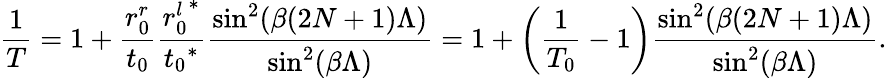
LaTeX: \frac{1}{T}=1+{\frac{r_{0}^{r}}{t_{0}}}{\frac{{r_{0}^{l}}^{*}}{{t_{0}}^{*}}\frac{\sin^{2}(\beta(2N+1)\Lambda)}{\sin^{2}(\beta\Lambda)}}=1+\bigg(\frac{1}{T_{0}}-1\bigg)\frac{\sin^{2}(\beta(2N+1)\Lambda)}{{\sin^{2}(\beta\Lambda)}}.